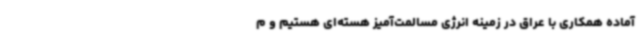
آماده همکاری با عراق در زمینه انرژی مسالمت‌آمیز هسته‌ای هستیم و م